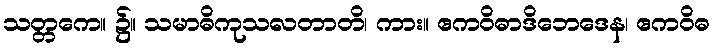
သတ္တကေ။ ၌။ သမာဓိကုသလတာတိ၊ ကား။ ဧကဝိဓာဒိဘေဒေန၊ ဧကဝိဓ